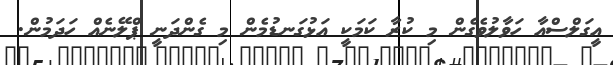
އީގަލްސްއާ ހަވާލުވެގެން މި ކުރާ ކަމަކީ އަޅުގަނޑުމެން މި ގެންދަނީ ޕްލޭނެއް ހަދަމުން.